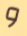
و